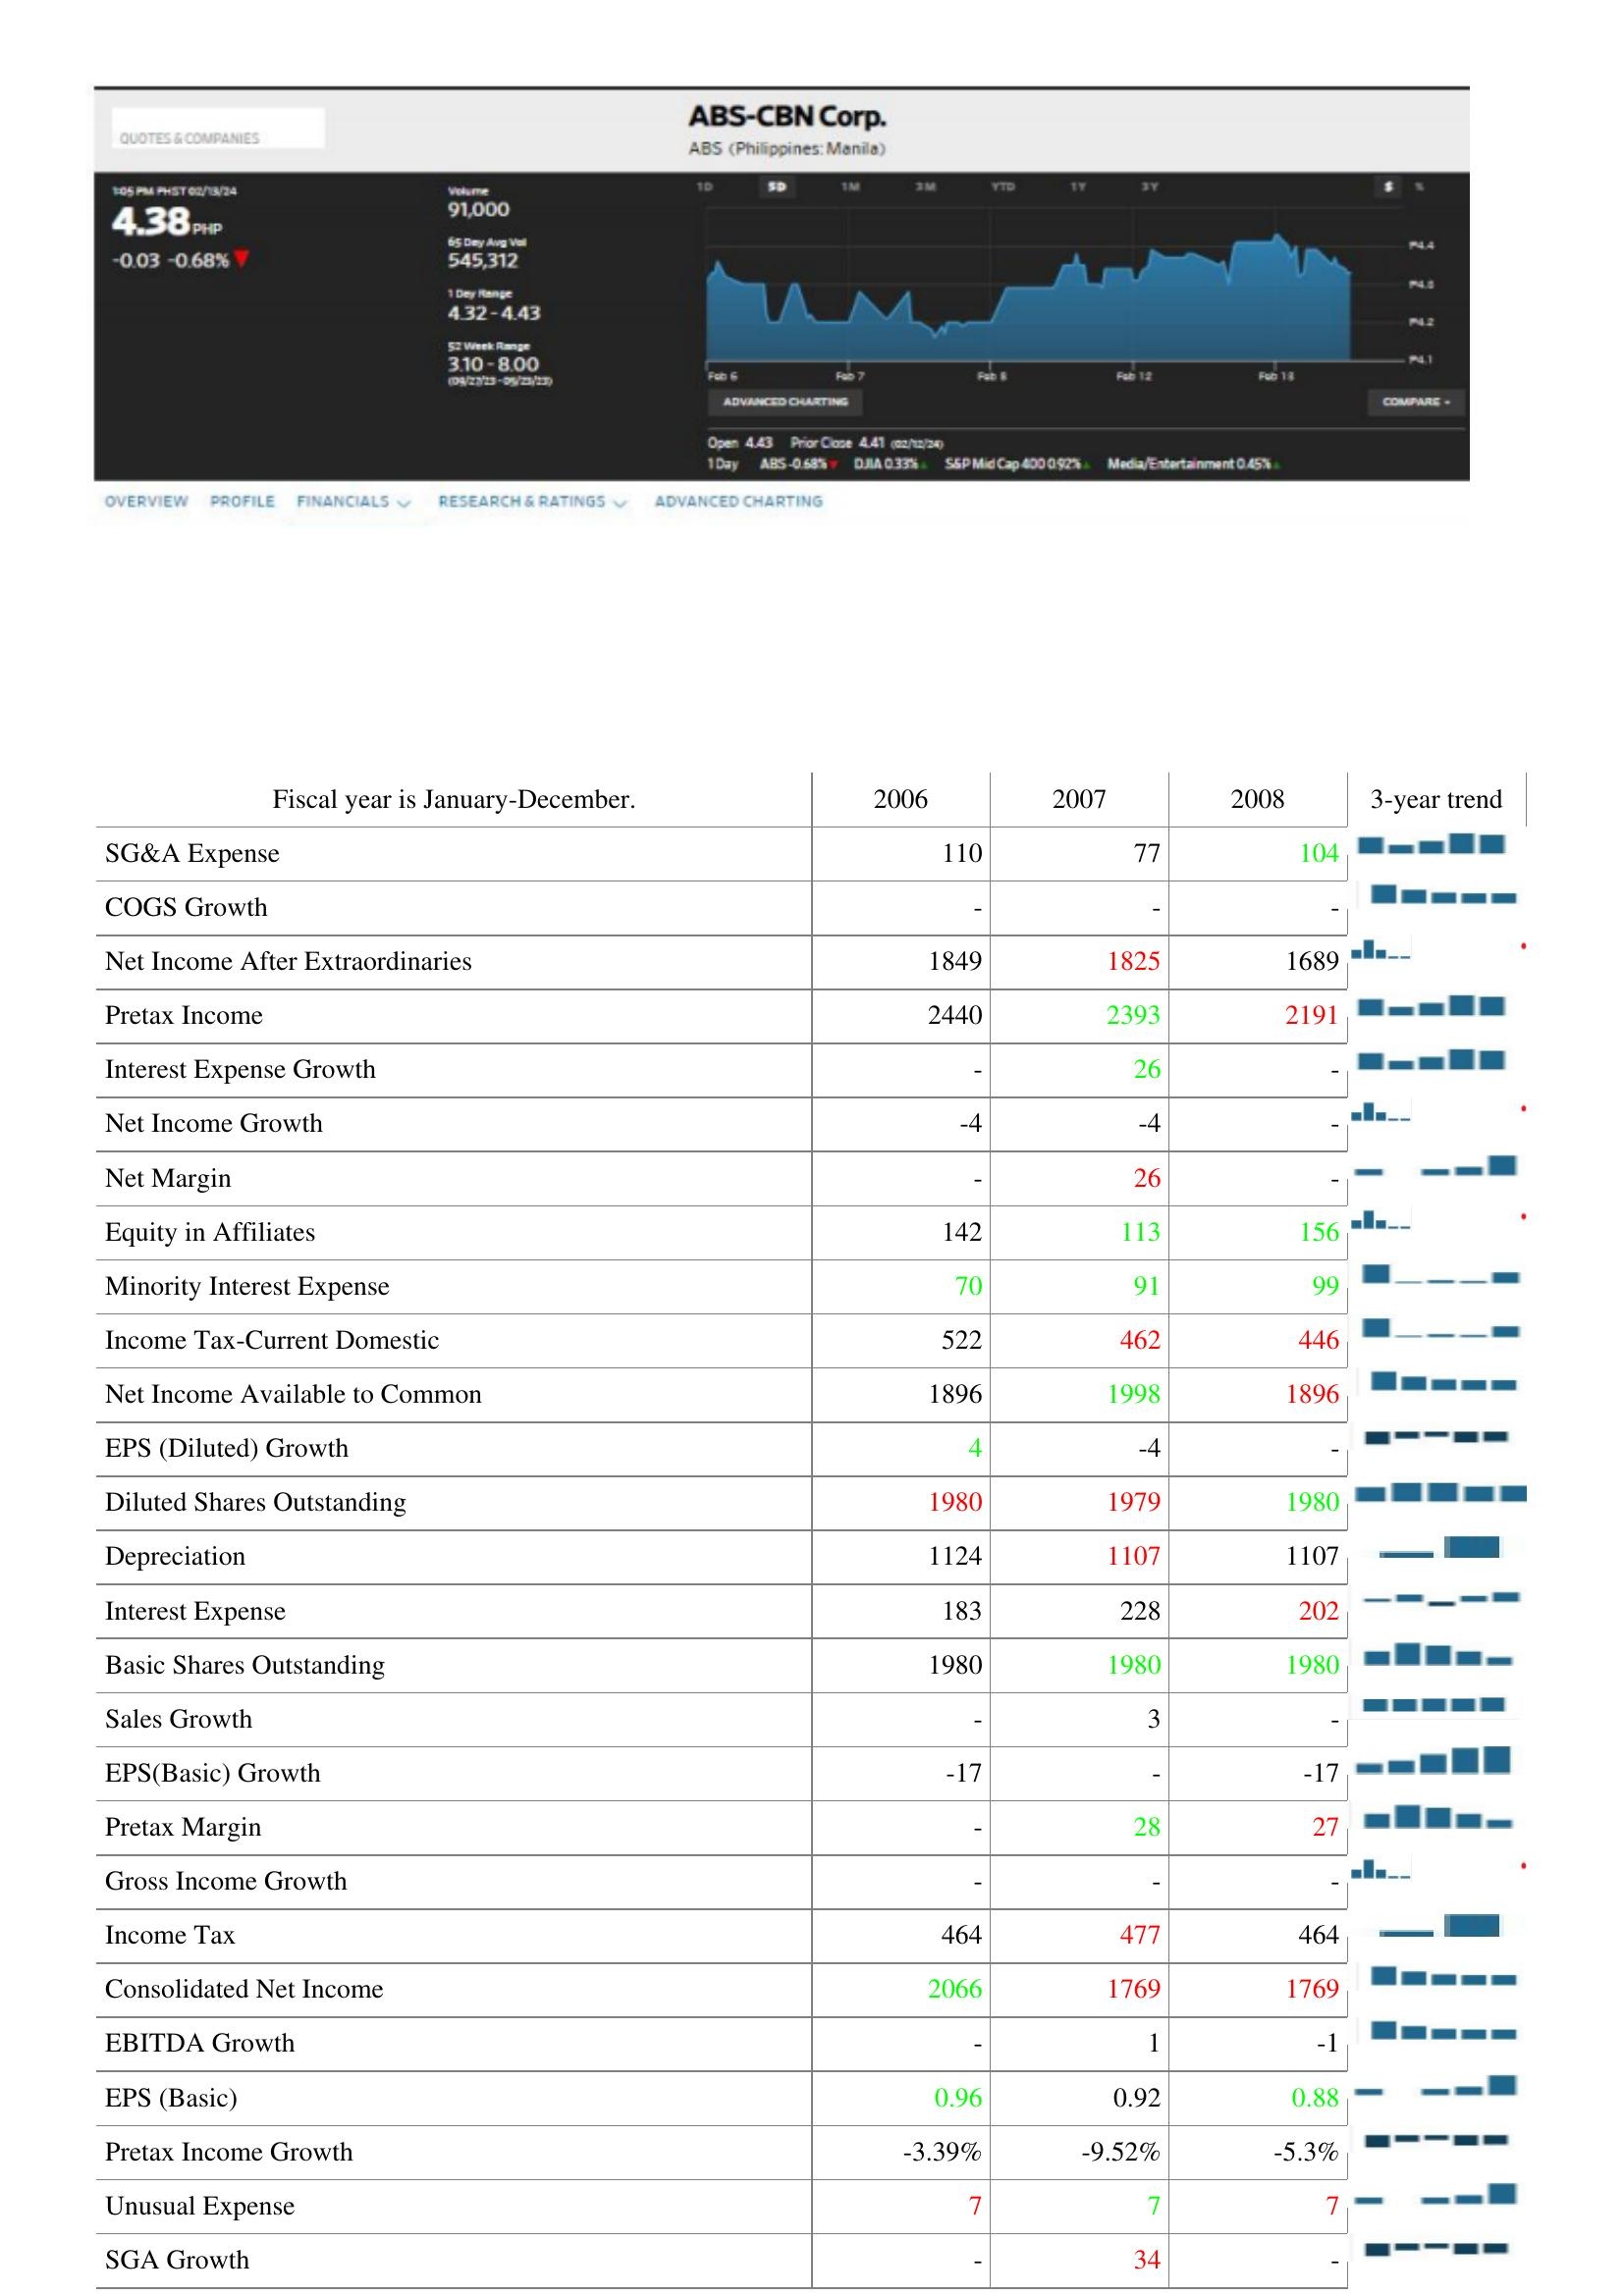
2006: : SG&A Expense: 110
COGS Growth: -
Net Income After Extraordinaries: 1849
Pretax Income: 2440
Interest Expense Growth: -
Net Income Growth: -4
Net Margin: -
Equity in Affiliates: 142
Minority Interest Expense: 70
Income Tax-Current Domestic: 522
Net Income Available to Common: 1896
EPS (Diluted) Growth: 4
Diluted Shares Outstanding: 1980
Depreciation: 1124
Interest Expense: 183
Basic Shares Outstanding: 1980
Sales Growth: -
EPS(Basic) Growth: -17
Pretax Margin: -
Gross Income Growth: -
Income Tax: 464
Consolidated Net Income: 2066
EBITDA Growth: -
EPS (Basic): 0.96
Pretax Income Growth: -3.39%
Unusual Expense: 7
SGA Growth: -
2007: : SG&A Expense: 77
COGS Growth: -
Net Income After Extraordinaries: 1825
Pretax Income: 2393
Interest Expense Growth: 26
Net Income Growth: -4
Net Margin: 26
Equity in Affiliates: 113
Minority Interest Expense: 91
Income Tax-Current Domestic: 462
Net Income Available to Common: 1998
EPS (Diluted) Growth: -4
Diluted Shares Outstanding: 1979
Depreciation: 1107
Interest Expense: 228
Basic Shares Outstanding: 1980
Sales Growth: 3
EPS(Basic) Growth: -
Pretax Margin: 28
Gross Income Growth: -
Income Tax: 477
Consolidated Net Income: 1769
EBITDA Growth: 1
EPS (Basic): 0.92
Pretax Income Growth: -9.52%
Unusual Expense: 7
SGA Growth: 34
2008: : SG&A Expense: 104
COGS Growth: -
Net Income After Extraordinaries: 1689
Pretax Income: 2191
Interest Expense Growth: -
Net Income Growth: -
Net Margin: -
Equity in Affiliates: 156
Minority Interest Expense: 99
Income Tax-Current Domestic: 446
Net Income Available to Common: 1896
EPS (Diluted) Growth: -
Diluted Shares Outstanding: 1980
Depreciation: 1107
Interest Expense: 202
Basic Shares Outstanding: 1980
Sales Growth: -
EPS(Basic) Growth: -17
Pretax Margin: 27
Gross Income Growth: -
Income Tax: 464
Consolidated Net Income: 1769
EBITDA Growth: -1
EPS (Basic): 0.88
Pretax Income Growth: -5.3%
Unusual Expense: 7
SGA Growth: -